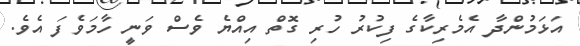
އަޅަމުންދާ އެމެރިކާގެ ފިކުރު ހުރި ގޮތް އިއްޔެ ވެސް ވަނީ ހާމަވެފަ އެވެ.